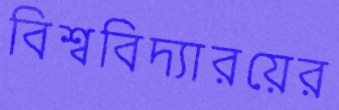
বিশ্ববিদ্যারয়ের